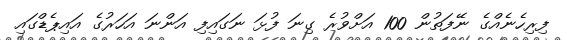
ފިރިހެނެއްގެ ނޭފަތުން 100 އަށްވުރެ ގިނަ ފުޅަ ނަގައިފި އަންނަ އަހަރުގެ އައިޕެޑްގައި